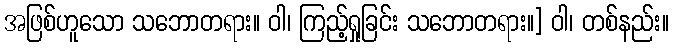
အဖြစ်ဟူသော သဘောတရား။ ဝါ၊ ကြည့်ရှုခြင်း သဘောတရား။] ဝါ၊ တစ်နည်း။